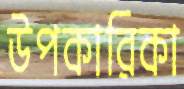
উপকারিকা